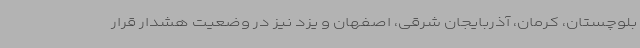
بلوچستان، کرمان، آذربایجان شرقی، اصفهان و یزد نیز در وضعیت هشدار قرار